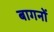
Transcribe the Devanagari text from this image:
बागनों